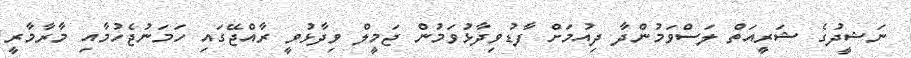
ނަޝީދުގެ ޝަރީއަތް ލަސްވަމުންދާ ދިއުމަށް ފާޑުވިދާޅުވަމުން ޖަމީލް ވިދާޅުވީ ރާއްޖޭގައި ހަމަނުޖެހުމާއި މާރާމާރީ